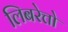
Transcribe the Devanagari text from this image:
लिबरेत्तो